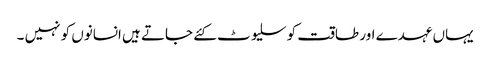
یہاں عہدے اور طاقت کو سلیوٹ کئے جاتے ہیں انسانوں کو نہیں ۔